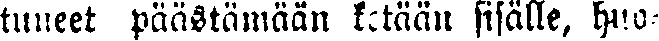
tuneet päästämään ketään sisälle, huo-